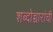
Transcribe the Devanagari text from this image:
शब्दोच्चारांची